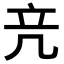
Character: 𥩕